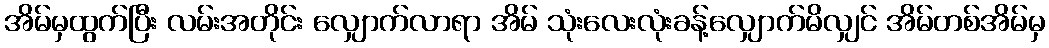
အိမ်မှထွက်ပြီး လမ်းအတိုင်း လျှောက်လာရာ အိမ် သုံးလေးလုံးခန့်လျှောက်မိလျှင် အိမ်တစ်အိမ်မှ